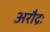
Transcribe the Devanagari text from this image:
अरौद्रः